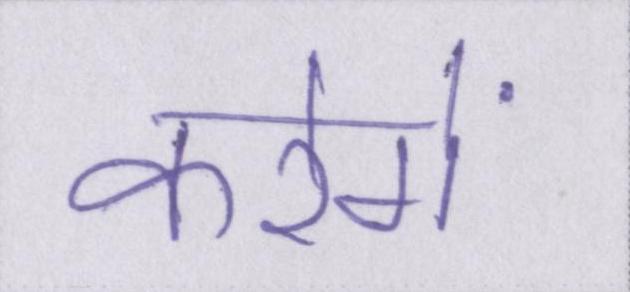
करेगें